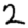
Digit: 2